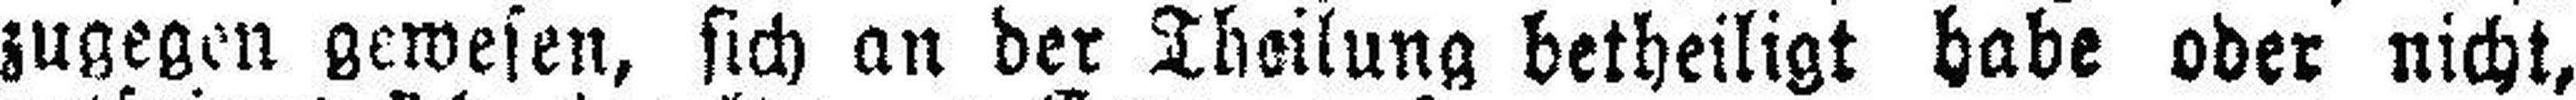
zugegen gewesen, sich an der Theilung betheiligt habe oder nicht,